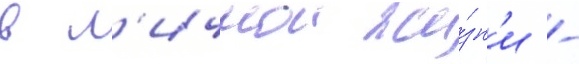
в л'ичнои жи́зн'и -